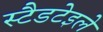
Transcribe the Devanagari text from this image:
स्टैडटेइले